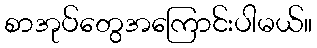
စာအုပ်တွေအကြောင်းပါမယ်။